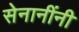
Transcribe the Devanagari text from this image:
सेनानींनी